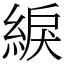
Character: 綟